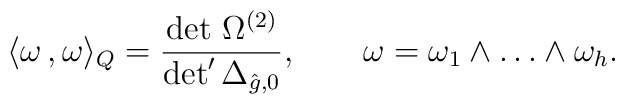
\langle \omega\,,\omega\rangle_Q={\det\,\Omega^{(2)}\over \det' \Delta_{\hat g,0}},\qquad\omega=\omega_1\wedge \ldots\wedge \omega_h.